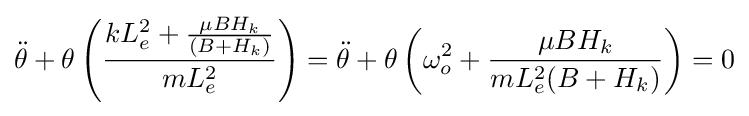
{\ddot {\theta }}+\theta \left({\frac {kL_{e}^{2}+{\frac {\mu BH_{k}}{(B+H_{k})}}}{mL_{e}^{2}}}\right)={\ddot {\theta }}+\theta \left(\omega _{o}^{2}+{\frac {\mu BH_{k}}{mL_{e}^{2}(B+H_{k})}}\right)=0